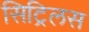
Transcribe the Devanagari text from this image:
सिट्रिलस